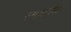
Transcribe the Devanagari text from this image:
स्मार्तांना